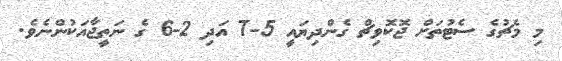
މި މެޗުގެ ސެޓުތަށް ޖޮކޮވިޗް ގެންދިޔައީ 5-7 އަދި 2-6 ގެ ނަތީޖާއަކުންނެވެ.